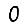
Digit: 0